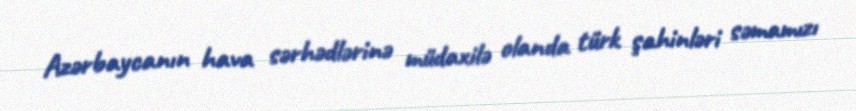
Azərbaycanın hava sərhədlərinə müdaxilə olanda türk şahinləri səmamızı